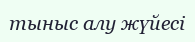
тыныс алу жүйесі